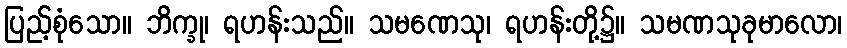
ပြည့်စုံသော။ ဘိက္ခု၊ ရဟန်းသည်။ သမဏေသု၊ ရဟန်းတို့၌။ သမဏသုခုမာလော၊